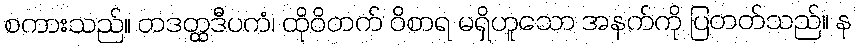
စကားသည်။ တဒတ္ထဒီပကံ၊ ထိုဝိတက် ဝိစာရ မရှိဟူသော အနက်ကို ပြတတ်သည်။ န